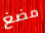
مضغ